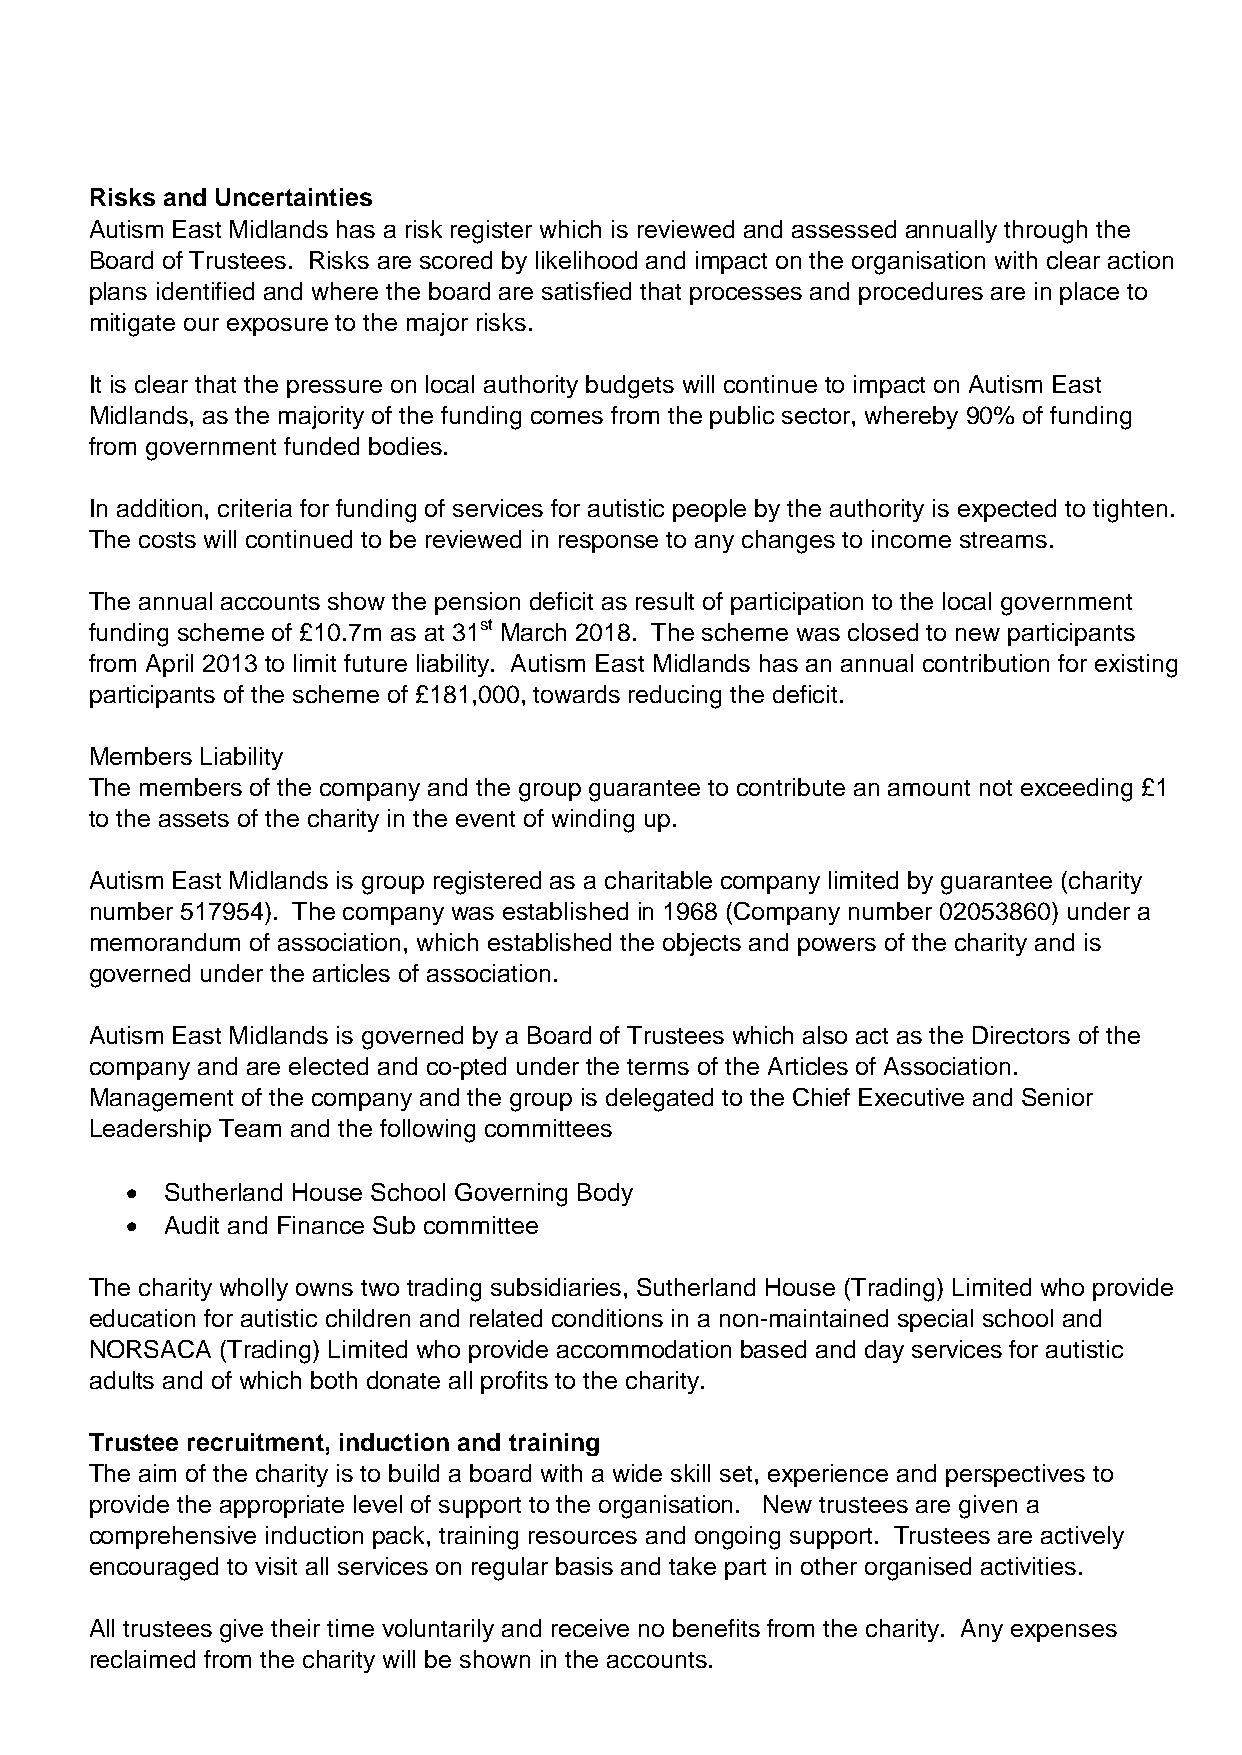
Risks and Uncertainties
 Autism East Midlands has a risk register which is reviewed and assessed annually through the
 Board of Trustees. Risks are scored by likelihood and impact on the organisation with clear action
 plans identified and where the board are satisfied that processes and procedures are in place to
 mitigate our exposure to the major risks.
 It is clear that the pressure on local authority budgets will continue to impact on Autism East
 Midlands, as the majority of the funding comes from the public sector, whereby 90% of funding
 from government funded bodies.
 In addition, criteria for funding of services for autistic people by the authority is expected to tighten.
 The costs will continued to be reviewed in response to any changes to income streams.
 The annual accounts show the pension deficit as result of participation to the local government
 funding scheme of £10.7m as at 31st March 2018. The scheme was closed to new participants
 from April 2013 to limit future liability. Autism East Midlands has an annual contribution for existing
 participants of the scheme of £181,000, towards reducing the deficit.
 Members Liability
 The members of the company and the group guarantee to contribute an amount not exceeding £1
 to the assets of the charity in the event of winding up.
 Autism East Midlands is group registered as a charitable company limited by guarantee (charity
 number 517954). The company was established in 1968 (Company number 02053860) under a
 memorandum of association, which established the objects and powers of the charity and is
 governed under the articles of association.
 Autism East Midlands is governed by a Board of Trustees which also act as the Directors of the
 company and are elected and co-pted under the terms of the Articles of Association.
 Management of the company and the group is delegated to the Chief Executive and Senior
 Leadership Team and the following committees
 •  Sutherland House School Governing Body
 •  Audit and Finance Sub committee
 The charity wholly owns two trading subsidiaries, Sutherland House (Trading) Limited who provide
 education for autistic children and related conditions in a non-maintained special school and
 NORSACA  (Trading) Limited who provide accommodation based and day services for autistic
 adults and of which both donate all profits to the charity.
 Trustee recruitment, induction and training
 The aim of the charity is to build a board with a wide skill set, experience and perspectives to
 provide the appropriate level of support to the organisation. New trustees are given a
 comprehensive induction pack, training resources and ongoing support. Trustees are actively
 encouraged to visit all services on regular basis and take part in other organised activities.
 All trustees give their time voluntarily and receive no benefits from the charity. Any expenses
 reclaimed from the charity will be shown in the accounts.